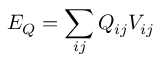
E _ { Q } = \sum _ { i j } Q _ { i j } V _ { i j }